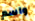
واسم